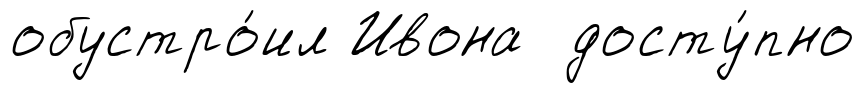
обустро́ил Ивона досту́пно